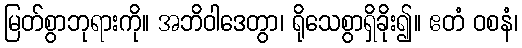
မြတ်စွာဘုရားကို။ အဘိဝါဒေတွာ၊ ရိုသေစွာရှိခိုး၍။ ဧတံ ဝစနံ၊